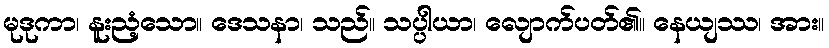
မုဒုကာ၊ နူးညံ့သော။ ဒေသနာ၊ သည်။ သပ္ပါယာ၊ လျောက်ပတ်၏။ နေယျဿ၊ အား။